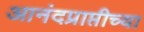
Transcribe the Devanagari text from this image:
आनंदप्राप्तीच्या